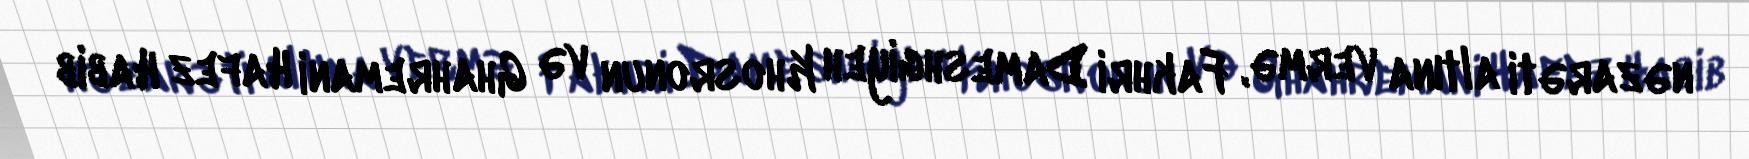
nəzarəti altına vermə, Fakhri Dameshgiyeh Khosronun və Ghahremani Hafez Habib